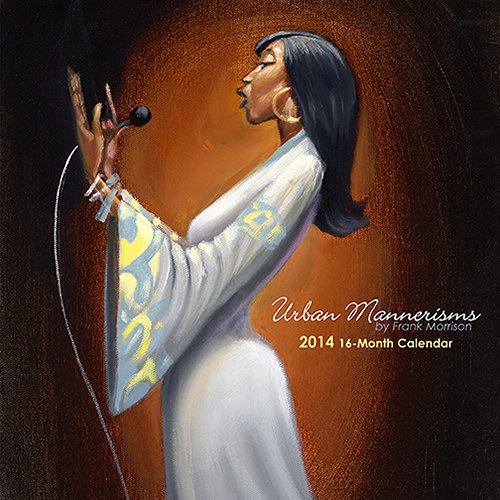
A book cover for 2014 Urbanism by Frank Morrison Wall; Shades of Color; Calendars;